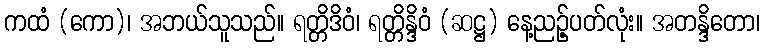
ကထံ (ကော)၊ အဘယ်သူသည်။ ရတ္တိဒိဝံ၊ ရတ္တိန္ဒိဝံ (ဆဋ္ဌ) နေ့ညဉ့်ပတ်လုံး။ အတန္ဒိတော၊